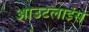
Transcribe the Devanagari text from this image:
आउटलाइंस